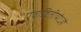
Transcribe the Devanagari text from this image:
एवाद्वितीयोऽहं